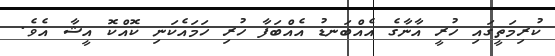
ކުރިމަތީގައި ހުރީ އާނާގެ އެއްބަނޑު އެއްބަފާ ހުރި ހަމައެކަނި ކޮއްކޮ އީޝާ އެވެ.